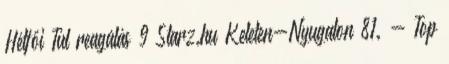
Hétfői Túl reagálás 9 Starz.hu Keleten-Nyugaton 81. - Top